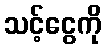
သင့်ငွေကို